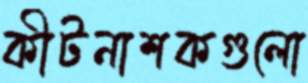
কীটনাশকগুলো